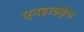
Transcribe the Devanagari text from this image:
एनहाइड्रेज